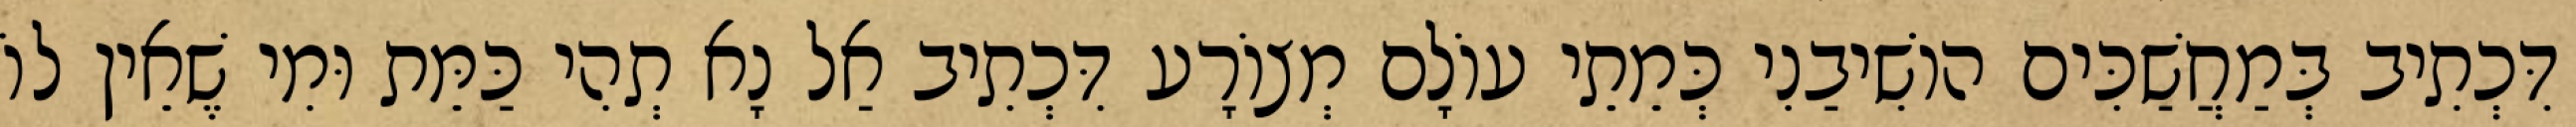
דִּכְתִיב בְּמַחֲשַׁכִּים הוֹשִׁיבַנִי כְּמֵתֵי עוֹלָם מְצוֹרָע דִּכְתִיב אַל נָא תְהִי כַּמֵּת וּמִי שֶׁאֵין לוֹ